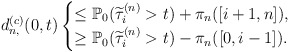
\begin{align*} d_{n,}^{(c)}(0,t)\begin{cases}\le\mathbb{P}_0(\widetilde{\tau}^{(n)}_i>t)+\pi_n([i+1,n]),\\ \ge\mathbb{P}_0(\widetilde{\tau}^{(n)}_i>t)-\pi_n([0,i-1]).\end{cases}\end{align*}